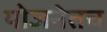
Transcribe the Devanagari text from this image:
योजनेतच